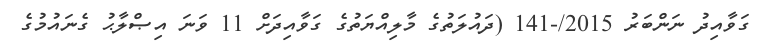
ގަވާއިދު ނަންބަރު 2015/-141 (ދައުލަތުގެ މާލިއްޔަތުގެ ގަވާއިދަށް 11 ވަނަ އިޞްލާޙު ގެނައުމުގެ